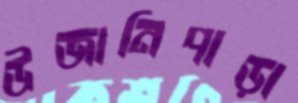
উজানিপাড়া